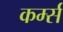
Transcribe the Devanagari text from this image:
कर्म्स